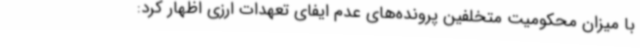
با میزان محکومیت متخلفین پرونده‌های عدم ایفای تعهدات ارزی اظهار کرد: